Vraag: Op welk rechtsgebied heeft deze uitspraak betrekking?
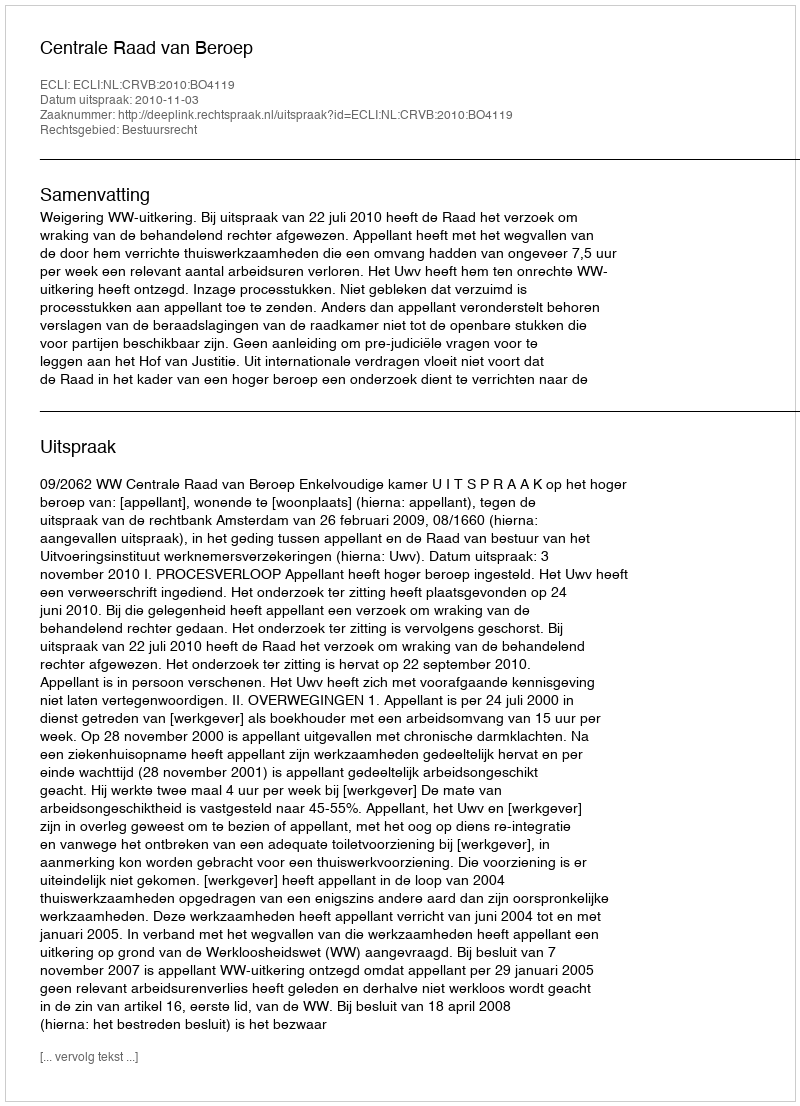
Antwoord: Bestuursrecht